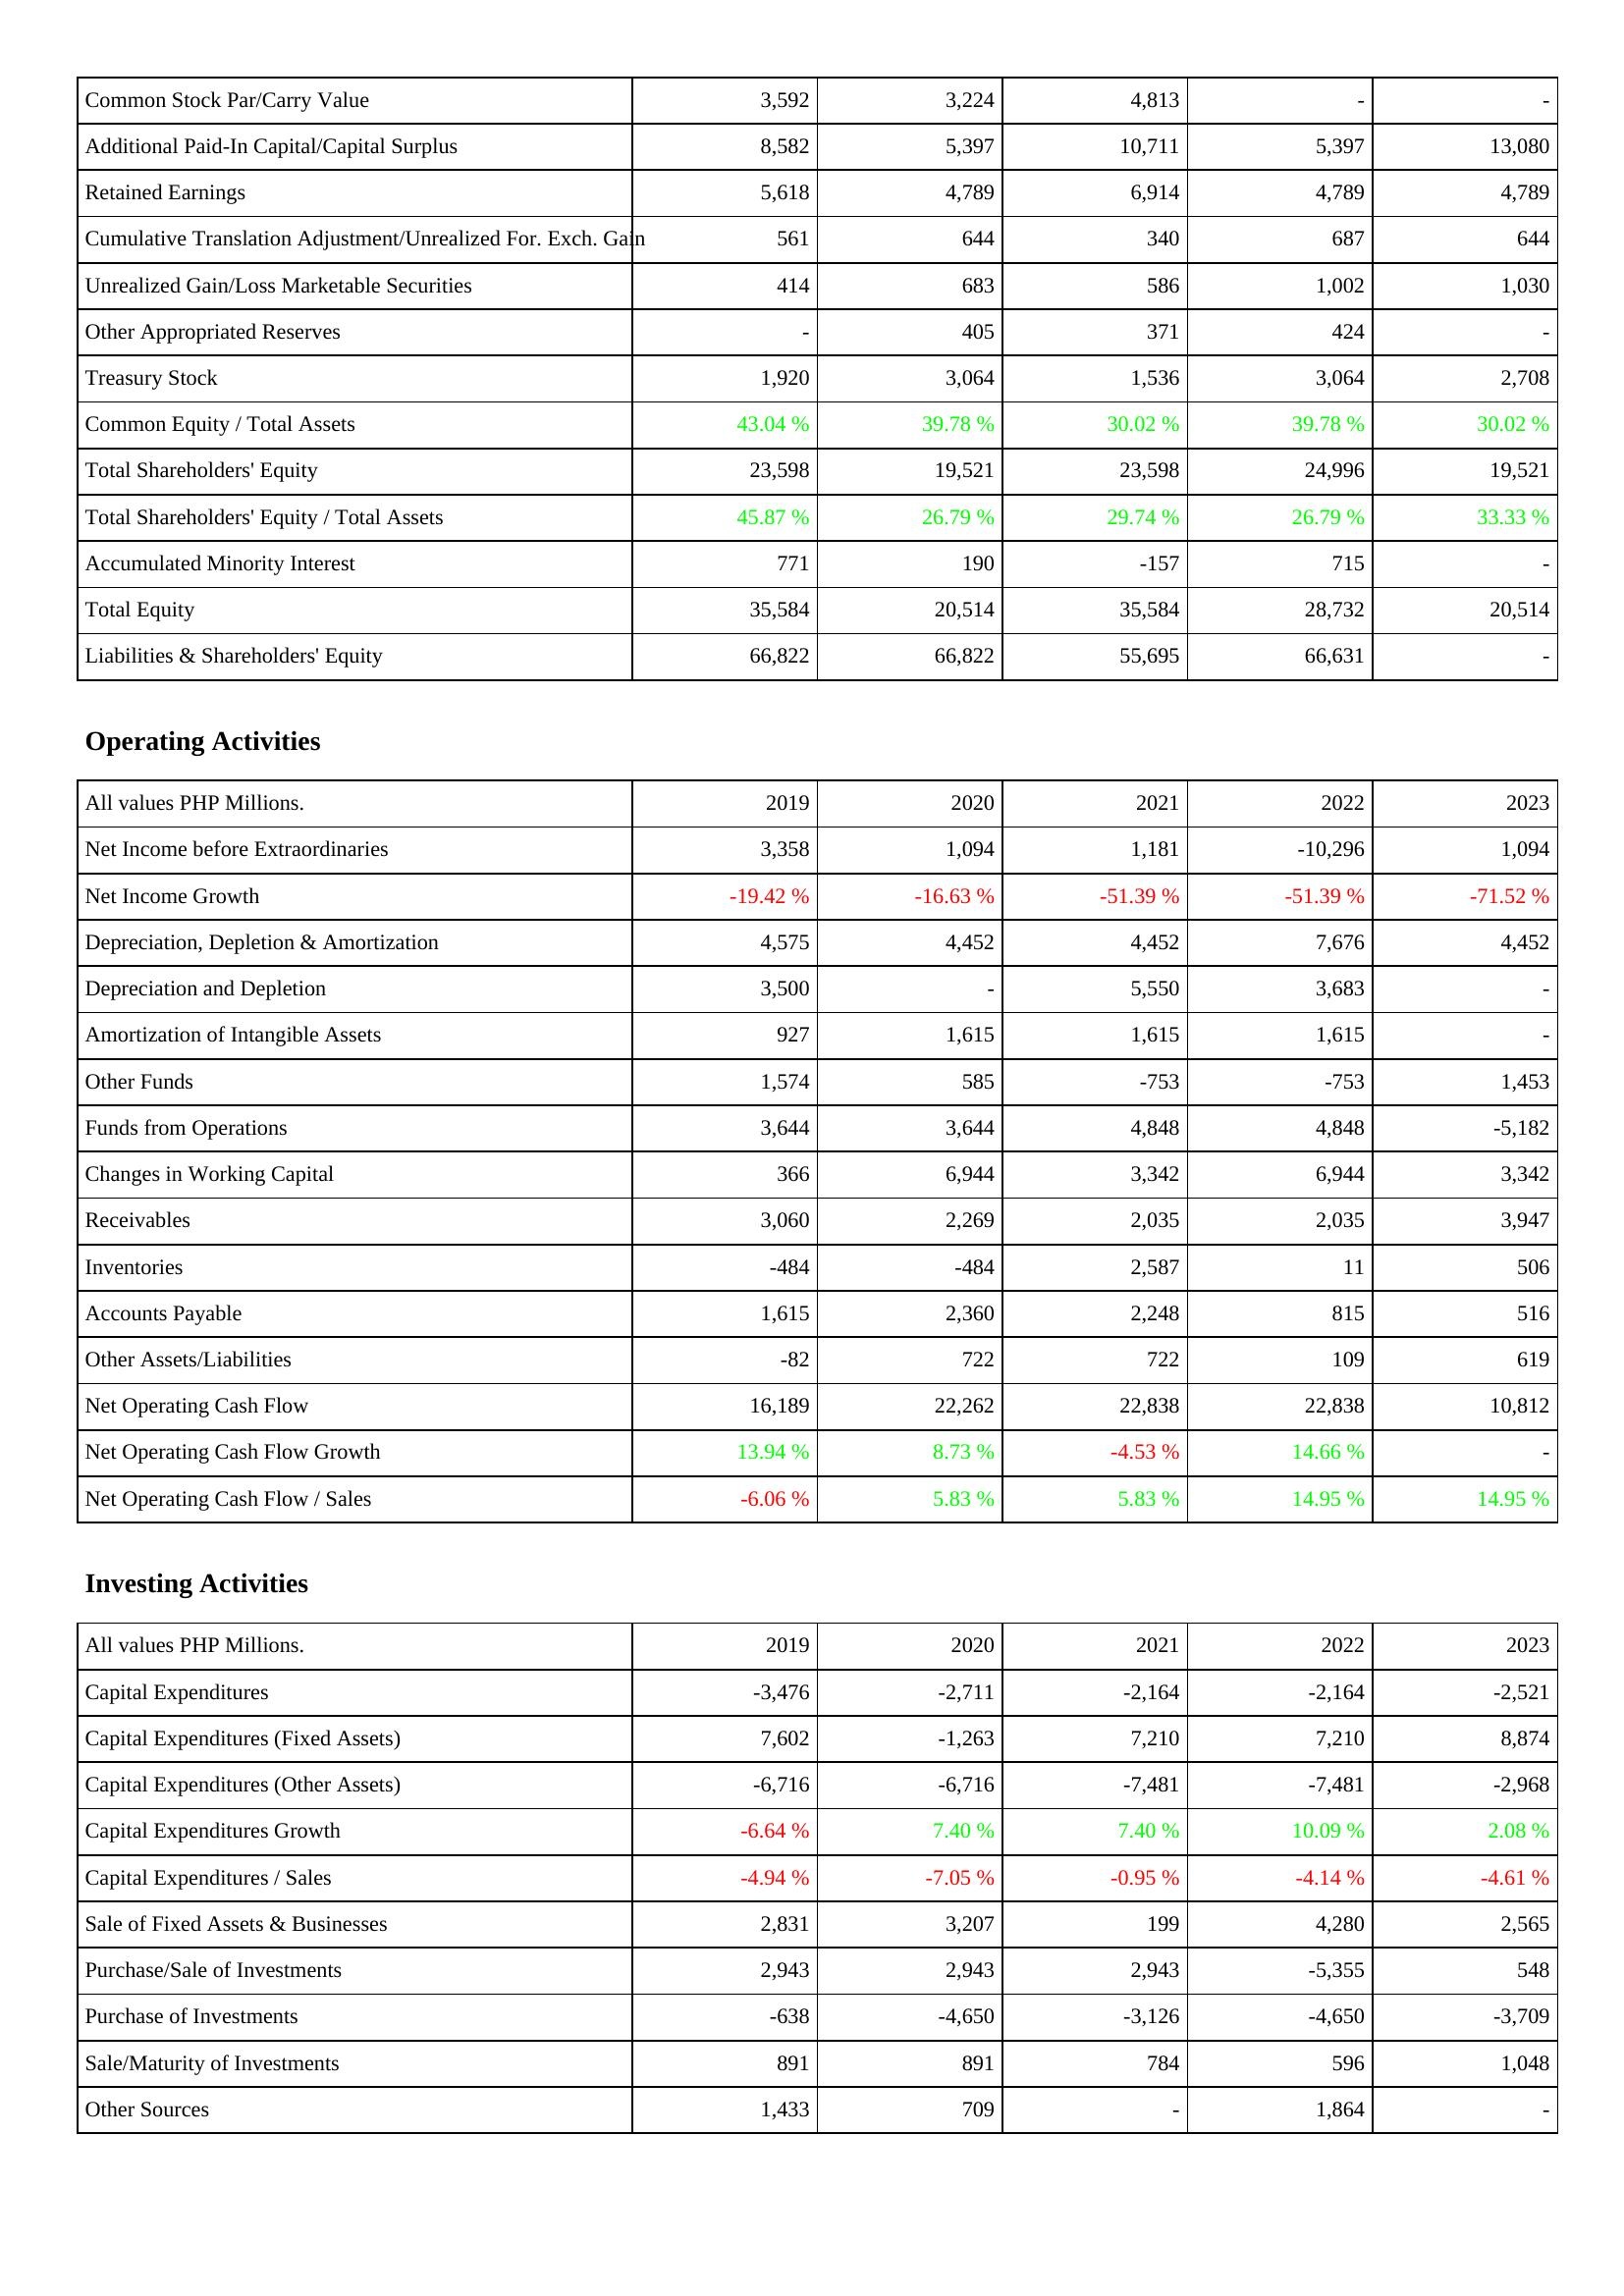
2019: Liabilities & Shareholders' Equity: Common Stock Par/Carry Value: 3,592
Additional Paid-In Capital/Capital Surplus: 8,582
Retained Earnings: 5,618
Cumulative Translation Adjustment/Unrealized For. Exch. Gain: 561
Unrealized Gain/Loss Marketable Securities: 414
Other Appropriated Reserves: -
Treasury Stock: 1,920
Common Equity / Total Assets: 43.04 %
Total Shareholders' Equity: 23,598
Total Shareholders' Equity / Total Assets: 45.87 %
Accumulated Minority Interest: 771
Total Equity: 35,584
Liabilities & Shareholders' Equity: 66,822
Operating Activities: Net Income before Extraordinaries: 3,358
Net Income Growth: -19.42 %
Depreciation, Depletion & Amortization: 4,575
Depreciation and Depletion: 3,500
Amortization of Intangible Assets: 927
Other Funds: 1,574
Funds from Operations: 3,644
Changes in Working Capital: 366
Receivables: 3,060
Inventories: -484
Accounts Payable: 1,615
Other Assets/Liabilities: -82
Net Operating Cash Flow: 16,189
Net Operating Cash Flow Growth: 13.94 %
Net Operating Cash Flow / Sales: -6.06 %
Investing Activities: Capital Expenditures: -3,476
Capital Expenditures (Fixed Assets): 7,602
Capital Expenditures (Other Assets): -6,716
Capital Expenditures Growth: -6.64 %
Capital Expenditures / Sales: -4.94 %
Sale of Fixed Assets & Businesses: 2,831
Purchase/Sale of Investments: 2,943
Purchase of Investments: -638
Sale/Maturity of Investments: 891
Other Sources: 1,433
2020: Liabilities & Shareholders' Equity: Common Stock Par/Carry Value: 3,224
Additional Paid-In Capital/Capital Surplus: 5,397
Retained Earnings: 4,789
Cumulative Translation Adjustment/Unrealized For. Exch. Gain: 644
Unrealized Gain/Loss Marketable Securities: 683
Other Appropriated Reserves: 405
Treasury Stock: 3,064
Common Equity / Total Assets: 39.78 %
Total Shareholders' Equity: 19,521
Total Shareholders' Equity / Total Assets: 26.79 %
Accumulated Minority Interest: 190
Total Equity: 20,514
Liabilities & Shareholders' Equity: 66,822
Operating Activities: Net Income before Extraordinaries: 1,094
Net Income Growth: -16.63 %
Depreciation, Depletion & Amortization: 4,452
Depreciation and Depletion: -
Amortization of Intangible Assets: 1,615
Other Funds: 585
Funds from Operations: 3,644
Changes in Working Capital: 6,944
Receivables: 2,269
Inventories: -484
Accounts Payable: 2,360
Other Assets/Liabilities: 722
Net Operating Cash Flow: 22,262
Net Operating Cash Flow Growth: 8.73 %
Net Operating Cash Flow / Sales: 5.83 %
Investing Activities: Capital Expenditures: -2,711
Capital Expenditures (Fixed Assets): -1,263
Capital Expenditures (Other Assets): -6,716
Capital Expenditures Growth: 7.40 %
Capital Expenditures / Sales: -7.05 %
Sale of Fixed Assets & Businesses: 3,207
Purchase/Sale of Investments: 2,943
Purchase of Investments: -4,650
Sale/Maturity of Investments: 891
Other Sources: 709
2021: Liabilities & Shareholders' Equity: Common Stock Par/Carry Value: 4,813
Additional Paid-In Capital/Capital Surplus: 10,711
Retained Earnings: 6,914
Cumulative Translation Adjustment/Unrealized For. Exch. Gain: 340
Unrealized Gain/Loss Marketable Securities: 586
Other Appropriated Reserves: 371
Treasury Stock: 1,536
Common Equity / Total Assets: 30.02 %
Total Shareholders' Equity: 23,598
Total Shareholders' Equity / Total Assets: 29.74 %
Accumulated Minority Interest: -157
Total Equity: 35,584
Liabilities & Shareholders' Equity: 55,695
Operating Activities: Net Income before Extraordinaries: 1,181
Net Income Growth: -51.39 %
Depreciation, Depletion & Amortization: 4,452
Depreciation and Depletion: 5,550
Amortization of Intangible Assets: 1,615
Other Funds: -753
Funds from Operations: 4,848
Changes in Working Capital: 3,342
Receivables: 2,035
Inventories: 2,587
Accounts Payable: 2,248
Other Assets/Liabilities: 722
Net Operating Cash Flow: 22,838
Net Operating Cash Flow Growth: -4.53 %
Net Operating Cash Flow / Sales: 5.83 %
Investing Activities: Capital Expenditures: -2,164
Capital Expenditures (Fixed Assets): 7,210
Capital Expenditures (Other Assets): -7,481
Capital Expenditures Growth: 7.40 %
Capital Expenditures / Sales: -0.95 %
Sale of Fixed Assets & Businesses: 199
Purchase/Sale of Investments: 2,943
Purchase of Investments: -3,126
Sale/Maturity of Investments: 784
Other Sources: -
2022: Liabilities & Shareholders' Equity: Common Stock Par/Carry Value: -
Additional Paid-In Capital/Capital Surplus: 5,397
Retained Earnings: 4,789
Cumulative Translation Adjustment/Unrealized For. Exch. Gain: 687
Unrealized Gain/Loss Marketable Securities: 1,002
Other Appropriated Reserves: 424
Treasury Stock: 3,064
Common Equity / Total Assets: 39.78 %
Total Shareholders' Equity: 24,996
Total Shareholders' Equity / Total Assets: 26.79 %
Accumulated Minority Interest: 715
Total Equity: 28,732
Liabilities & Shareholders' Equity: 66,631
Operating Activities: Net Income before Extraordinaries: -10,296
Net Income Growth: -51.39 %
Depreciation, Depletion & Amortization: 7,676
Depreciation and Depletion: 3,683
Amortization of Intangible Assets: 1,615
Other Funds: -753
Funds from Operations: 4,848
Changes in Working Capital: 6,944
Receivables: 2,035
Inventories: 11
Accounts Payable: 815
Other Assets/Liabilities: 109
Net Operating Cash Flow: 22,838
Net Operating Cash Flow Growth: 14.66 %
Net Operating Cash Flow / Sales: 14.95 %
Investing Activities: Capital Expenditures: -2,164
Capital Expenditures (Fixed Assets): 7,210
Capital Expenditures (Other Assets): -7,481
Capital Expenditures Growth: 10.09 %
Capital Expenditures / Sales: -4.14 %
Sale of Fixed Assets & Businesses: 4,280
Purchase/Sale of Investments: -5,355
Purchase of Investments: -4,650
Sale/Maturity of Investments: 596
Other Sources: 1,864
2023: Liabilities & Shareholders' Equity: Common Stock Par/Carry Value: -
Additional Paid-In Capital/Capital Surplus: 13,080
Retained Earnings: 4,789
Cumulative Translation Adjustment/Unrealized For. Exch. Gain: 644
Unrealized Gain/Loss Marketable Securities: 1,030
Other Appropriated Reserves: -
Treasury Stock: 2,708
Common Equity / Total Assets: 30.02 %
Total Shareholders' Equity: 19,521
Total Shareholders' Equity / Total Assets: 33.33 %
Accumulated Minority Interest: -
Total Equity: 20,514
Liabilities & Shareholders' Equity: -
Operating Activities: Net Income before Extraordinaries: 1,094
Net Income Growth: -71.52 %
Depreciation, Depletion & Amortization: 4,452
Depreciation and Depletion: -
Amortization of Intangible Assets: -
Other Funds: 1,453
Funds from Operations: -5,182
Changes in Working Capital: 3,342
Receivables: 3,947
Inventories: 506
Accounts Payable: 516
Other Assets/Liabilities: 619
Net Operating Cash Flow: 10,812
Net Operating Cash Flow Growth: -
Net Operating Cash Flow / Sales: 14.95 %
Investing Activities: Capital Expenditures: -2,521
Capital Expenditures (Fixed Assets): 8,874
Capital Expenditures (Other Assets): -2,968
Capital Expenditures Growth: 2.08 %
Capital Expenditures / Sales: -4.61 %
Sale of Fixed Assets & Businesses: 2,565
Purchase/Sale of Investments: 548
Purchase of Investments: -3,709
Sale/Maturity of Investments: 1,048
Other Sources: -